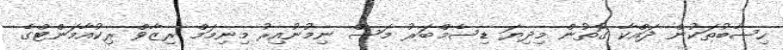
ހިސާބުތަކުން ދައްކާ ގޮތުން މިދިޔަ ޑިސެމްބަރު މަސް ނިމުނުއިރު މިނިމަމް ރިޒާވް ރިކުއާމަންޓްގެ